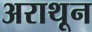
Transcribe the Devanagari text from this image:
अराथून